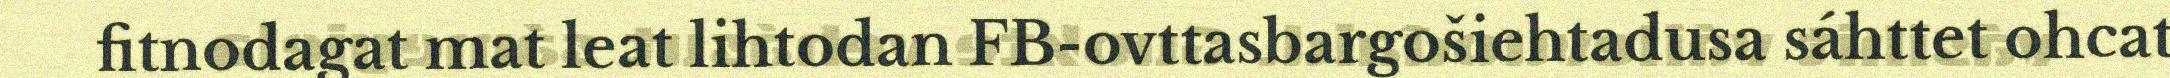
fitnodagat mat leat lihtodan FB-ovttasbargošiehtadusa sáhttet ohcat